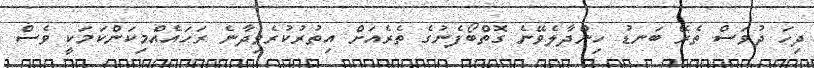
ދިހަ ދުވަސް ތެރޭ ބަނޑު ހިންދާލެވޭނެ ގޮތްބޯފެނުގެ ތެރެއަށް އިތުރުކުރެވިދާނެ ރަހައެއްމިކަންކަމަކީ ވެސް